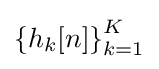
\left\{h_{k}[n]\right\}_{k=1}^{K}